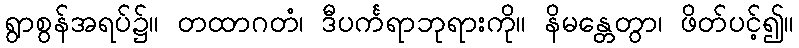
ရွာစွန်အရပ်၌။ တထာဂတံ၊ ဒီပင်္ကရာဘုရားကို။ နိမန္တေတွာ၊ ဖိတ်ပင့်၍။